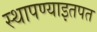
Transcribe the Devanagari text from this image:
स्थापण्याइतपत